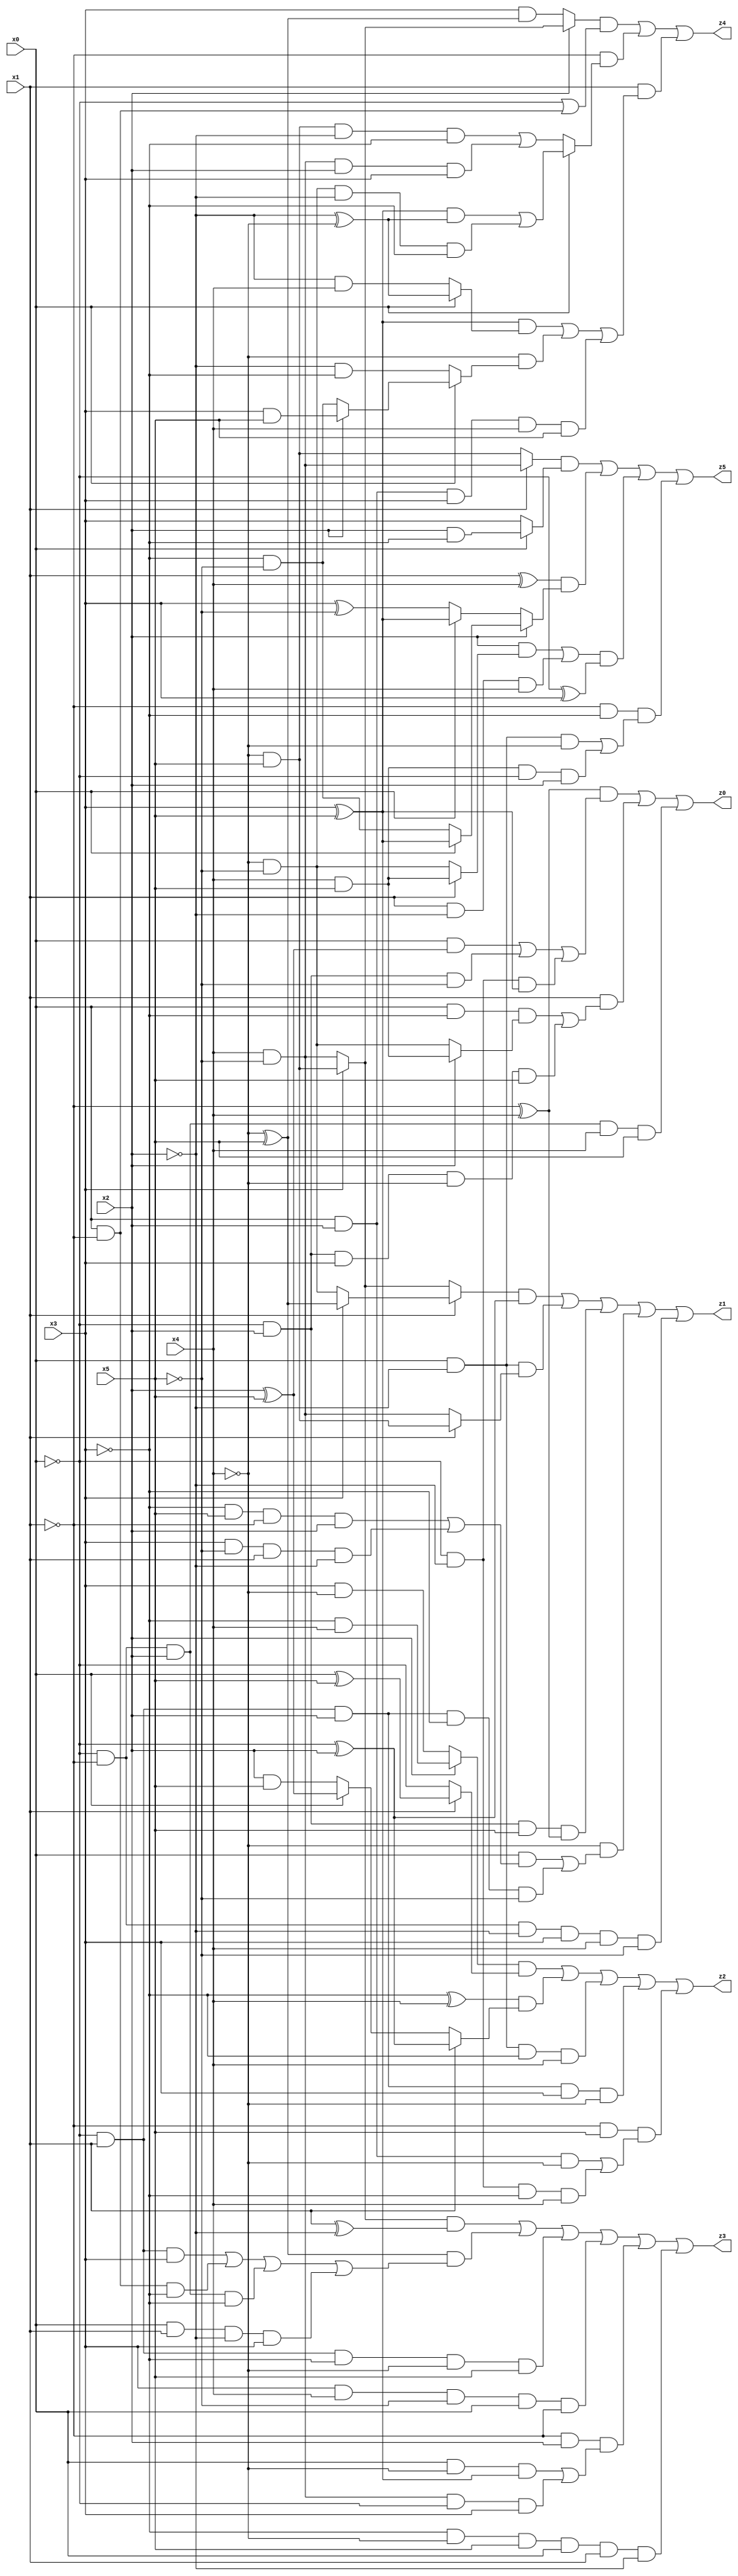
// Benchmark "X_52" written by ABC on Thu Jun 29 03:20:20 2023

module X_52 ( 
    x0, x1, x2, x3, x4, x5,
    z0, z1, z2, z3, z4, z5  );
  input  x0, x1, x2, x3, x4, x5;
  output z0, z1, z2, z3, z4, z5;
  assign z0 = ((~x1 ^ x4) & ((x0 & (x2 ^ x5)) | (~x0 & x2 & ~x5) | (~x0 & ~x2 & (x3 ^ x5)))) | (x1 & ((x0 & ~x3 & (x2 ? (x4 & x5) : (~x4 & ~x5))) | (~x0 & x2 & x3 & ~x4 & x5))) | (~x0 & ~x1 & x2 & x4 & x5);
  assign z1 = ((x1 ? (x3 ? (~x4 ^ x5) : (~x4 & ~x5)) : (x3 ? (~x4 & x5) : (x4 & ~x5))) & (~x0 ^ x2)) | (x0 & ~x2 & (x1 ? (~x4 & x5) : (x4 & ~x5))) | (~x0 & x2 & x5 & (~x1 ^ x4)) | (~x4 & ((x0 & ((~x3 & x5 & ~x1 & x2) | (x3 & ~x5 & x1 & ~x2))) | (~x0 & x1 & x2 & ~x3 & ~x5))) | (~x0 & ~x1 & ~x2 & x3 & x4 & ~x5);
  assign z2 = ((x2 ? (~x3 & x4) : (x3 & ~x4)) & (x1 ? (x0 ^ x5) : ~x0)) | ((~x3 ^ x4) & (x1 ? (~x0 ^ x2) : (x0 ? (x2 ^ x5) : (x2 & x5)))) | (x0 & ~x2 & ~x3 & x4) | (~x0 & x1 & x2 & x3 & ~x4) | (~x1 & x5 & ((x0 & x2 & ~x4) | (~x0 & ~x2 & ~x3 & x4)));
  assign z3 = ((x3 ? (~x4 & x5) : (x4 & ~x5)) & (x1 ^ ~x2)) | ((~x4 ^ x5) & ((~x0 & x1 & x3) | (x0 & ~x1 & ~x3) | (~x0 & ~x1 & x2 & ~x3) | (x0 & x1 & ~x2 & x3))) | (~x0 & x1 & ~x3 & ~x4 & x5) | (x3 & x4 & ~x5 & x0 & ~x1) | (~x1 & x2 & ((x0 & ~x4 & (x3 ^ x5)) | (x4 & ~x5 & ~x0 & x3))) | (~x3 & ~x4 & x5 & x0 & x1 & ~x2);
  assign z4 = ((x2 ? (x3 ? (~x4 & x5) : (x4 & ~x5)) : (x3 & (~x4 ^ x5))) & (~x0 | (x0 & ~x1))) | (~x1 & (x0 ? (((x3 ^ x5) & (~x2 ^ ~x4)) | (~x4 & ~x5 & ~x2 & ~x3)) : ((~x4 & x5 & ~x2 & ~x3) | (x4 & ~x5 & x2 & x3)))) | (x1 & (((x3 ^ x5) & (x0 ? (~x2 ^ ~x4) : (~x2 & x4))) | (~x4 & (x0 ? (x2 ? (x3 & x5) : (~x3 & ~x5)) : (~x2 & ~x3))) | (x0 & x2 & x3 & x4 & x5)));
  assign z5 = ((x1 ? (x4 & ~x5) : (~x4 & x5)) & (x0 ? (x2 & ~x3) : x3)) | ((x1 ^ x4) & (x2 ? (x0 ? (x3 ^ x5) : (~x3 & ~x5)) : (x0 ? (x3 ^ x5) : (x3 ^ ~x5)))) | (((x2 & (x1 ? (x4 & x5) : (~x4 & ~x5))) | (x1 & ~x2 & x4)) & (~x0 ^ x3)) | (~x1 & ~x3 & ((x0 & ~x2 & ~x4) | (x4 & x5 & ~x0 & x2)));
endmodule